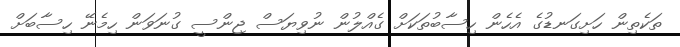
ތަކެތިން ހަށިގަނޑުގެ އެހެން ހިސާބުތަކަށް ގެއްލުން ނުވިޔަސް ޖިންސީ ގުނަވަން ހިމެނޭ ހިސާބަށް